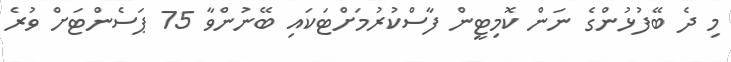
މި ދެ ބޭފުޅުންގެ ނަން ކޮމިޓީން ފާސްކުރުމަށްޓަކައި ބޭނުންވާ 75 ޕަސެންޓަށް ވުރެ